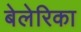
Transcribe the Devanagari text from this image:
बेलेरिका